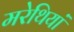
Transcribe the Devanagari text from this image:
मरेथियां